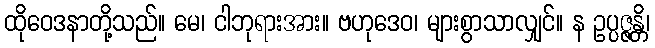
ထိုဝေဒနာတို့သည်။ မေ၊ ငါဘုရားအား။ ဗဟုဒေဝ၊ များစွာသာလျှင်။ န ဥပ္ပဇ္ဇန္တိ၊